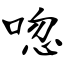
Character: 唿